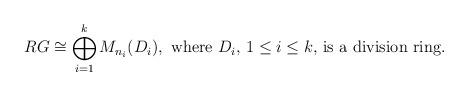
LaTeX: \begin{align*} RG \cong \bigoplus_{i=1}^{k}M_{n_i}(D_i), \textup{ where $D_i$, $1\leq i\leq k$, is a division ring.}\end{align*}